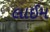
લાઈમ